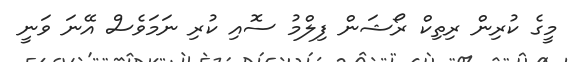
މީގެ ކުރިން ރިތިކް ރޯޝަން ފިލްމު ސޮއި ކުރި ނަމަވެސް އޭނަ ވަނީ